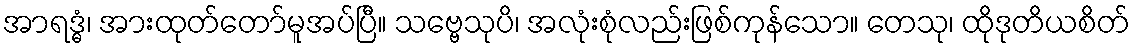
အာရဒ္ဓံ၊ အားထုတ်တော်မူအပ်ပြီ။ သဗ္ဗေသုပိ၊ အလုံးစုံလည်းဖြစ်ကုန်သော။ တေသု၊ ထိုဒုတိယစိတ်